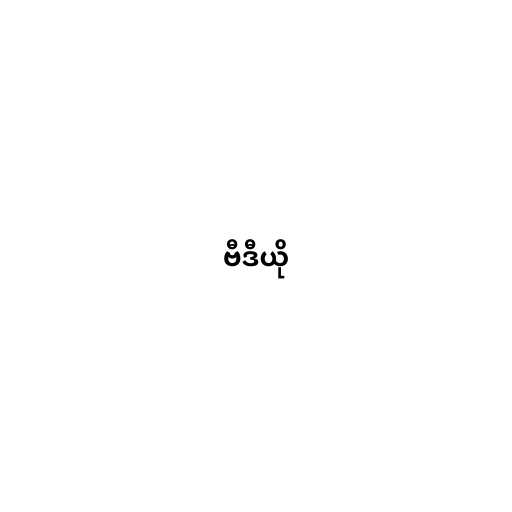
ဗီဒီယို